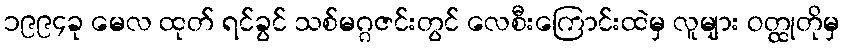
၁၉၉၄ခု မေလ ထုတ် ရင်ခွင် သစ်မဂ္ဂဇင်းတွင် လေစီးကြောင်းထဲမှ လူများ ဝတ္ထုတိုမှ